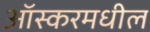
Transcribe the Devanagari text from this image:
आॅस्करमधील